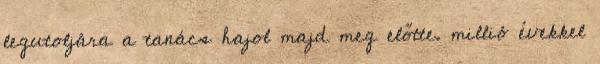
legutoljára a tanács hajol majd meg előtte. millió évekkel